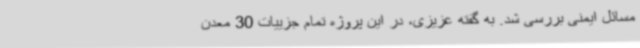
مسائل ایمنی بررسی شد. به گفته عزیزی، در این پروژه تمام جزییات 30 معدن